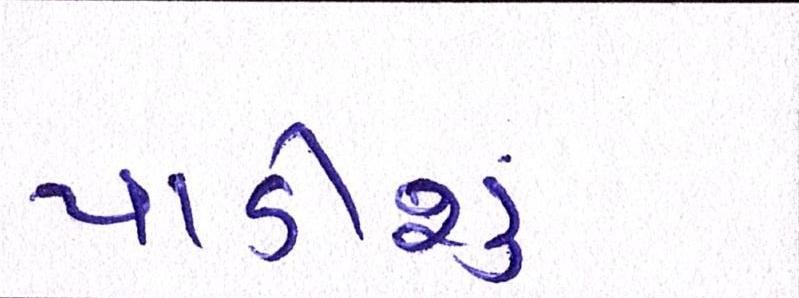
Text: પાડીશું